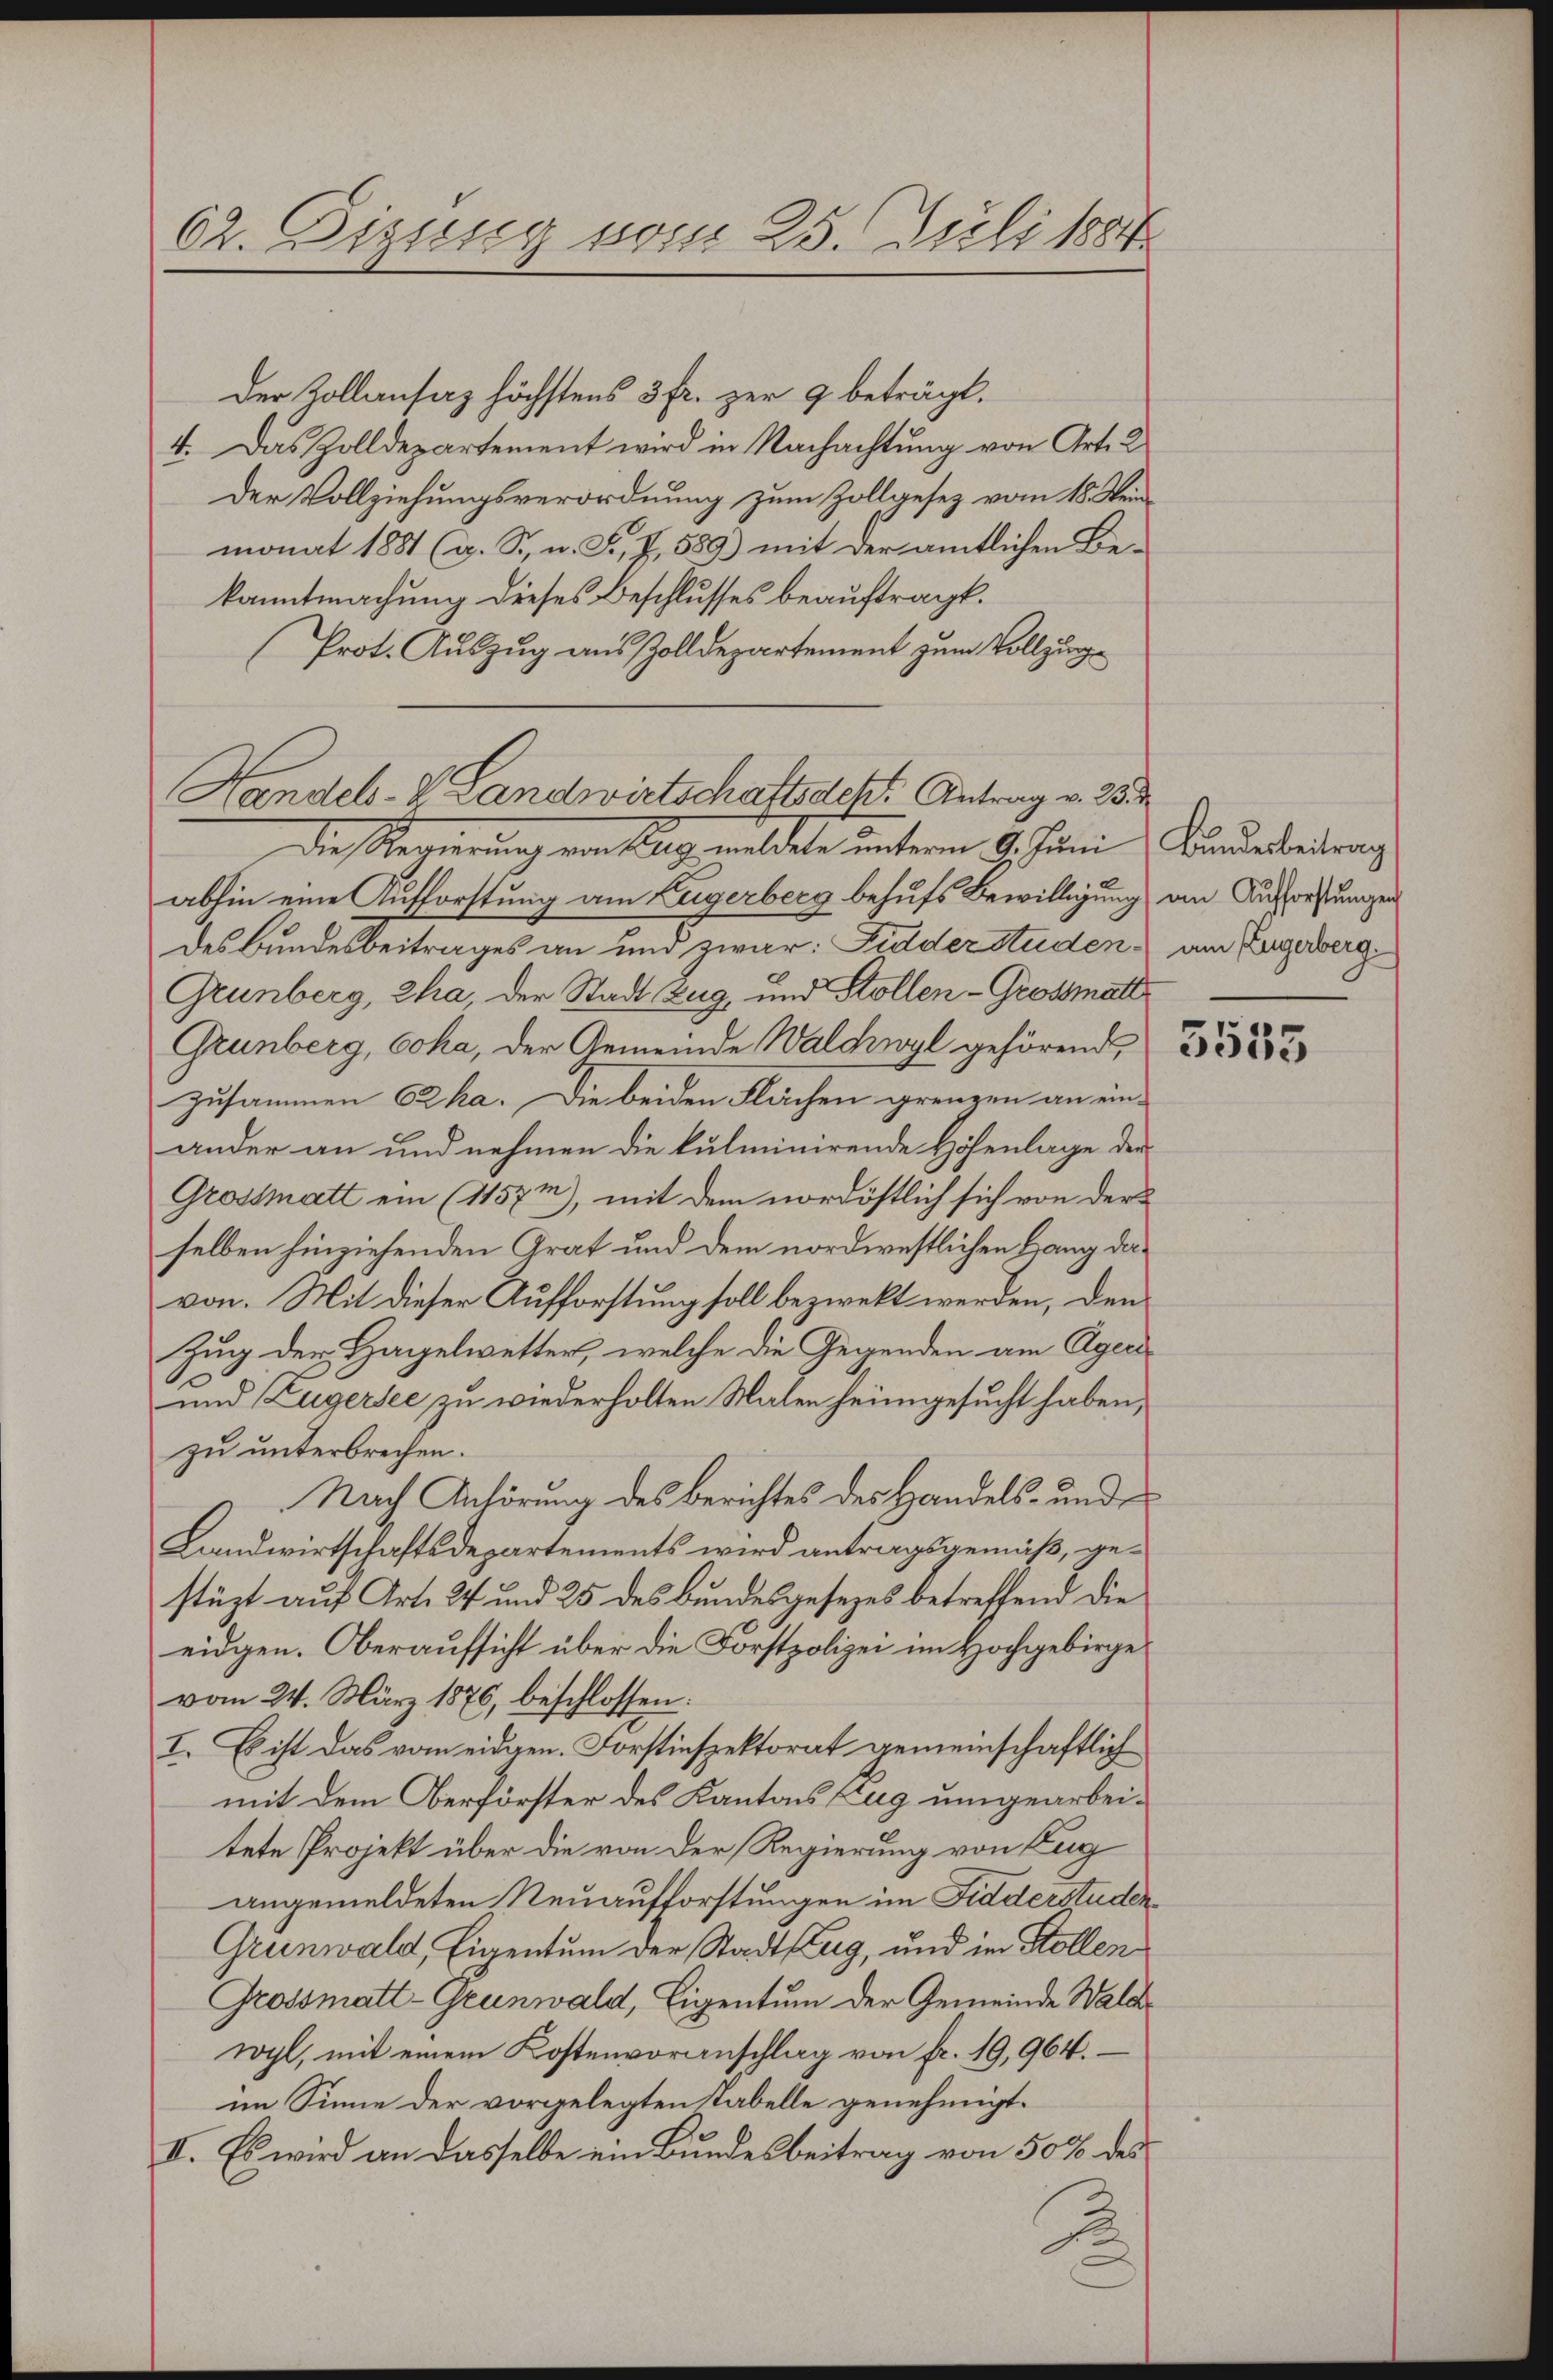
62. Eizung vom 25. Juli 1884

Der Kollansaz höchstens 3 fr. zur 9 beträgt.
4. Das Zolldepartement wird in Nachachtung von Art. 2
Der Vollziehungsverordnung zum Zollgesez vom 18. Weinmonat 1881 (a. S., u. Fr., I, 589) mit der amtlichen Be-
kanntmachung dieses Beschlusses beauftragt.
Prot. Auszug aus Zolldepartement zum Vollzug¬

Handels- & Landwirtschaftsdekt. Antrag v. 25.

die Regierung von fung meldete unterm 9. Janei Bänderbeitrag
abhin eine Aufforstung am Zügerberg behufs Bewilligung an Aufrestungen
des Bundesbeitrages an und zwar: Fidder Studen am Zugerberg
Grünberg, Cha, der Stadt Zug, und Stollen - Grossmatt
Grünberg, Coha, der Gemeinde Walchwyl gehörend
zusammen C2ka. Die beiden Flächen grenzen an ein-
ander an und nehmen die kulminirende Höhenlage der
Grossmatt ein (1157m), mit dem nordöstlich sich von der
selben hinziehenden Grat und dem nordwestlichen Hang davon. Mit dieser Aufforstung soll bezwekt werden, den
Zug der Hagelwetter, welche die Gegenden am Ager¬
und Zugersee zu wiederholten Malen heimgesucht haben,
zu unterbrechen.
Nach Anhörung des Berichtes des Handels- und
Landwirtschaftsdepartements wird antragsgemäß, gestüzt auf Art. 24 und 25 des Bundesgesezes betreffend die
eidgen. Oberaufsicht über die Forstpolizei im Hochgebirge
vom 24. März 1876, beschlossen:
I. Es ist das vom eidgen. Forstinspektorat gemeinschaftlich
mit dem Oberförster des Kantons Zug umgearbeitete Projekt über die von der Regierung von Zug
angemeldeten Neuaufforstungen im Fidderstuden¬
Grünwald, Eigentum der Stadt Zug, und im Stollen
Grossmatt-Geunwald, Eigentum der Gemeinde Waldwyl, mit einem Kostenvoranschlag von fr. 19, 964.
im Sinne der vorgelegten Kabelle genehmigt.
II. Es wird an dasselbe ein Bundesbeitrag von 50 % des